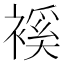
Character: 䙎